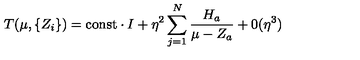
T ( \mu , \{ Z _ { i } \} ) = { \mathrm { c o n s t } } \cdot I + \eta ^ { 2 } \sum _ { j = 1 } ^ { N } \frac { H _ { a } } { \mu - Z _ { a } } + 0 ( \eta ^ { 3 } )